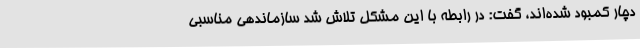
دچار کمبود شده‌اند، گفت: در رابطه با این مشکل تلاش شد سازماندهی مناسبی